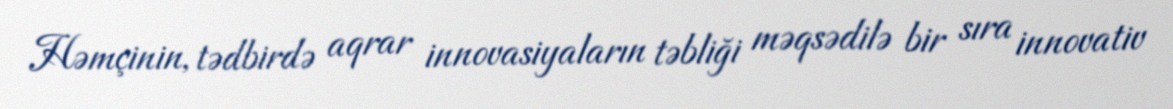
Həmçinin, tədbirdə aqrar innovasiyaların təbliği məqsədilə bir sıra innovativ